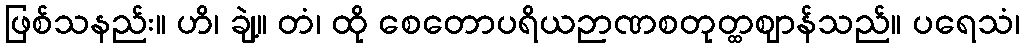
ဖြစ်သနည်း။ ဟိ၊ ချဲ့။ တံ၊ ထို စေတောပရိယဉာဏစတုတ္ထဈာန်သည်။ ပရေသံ၊